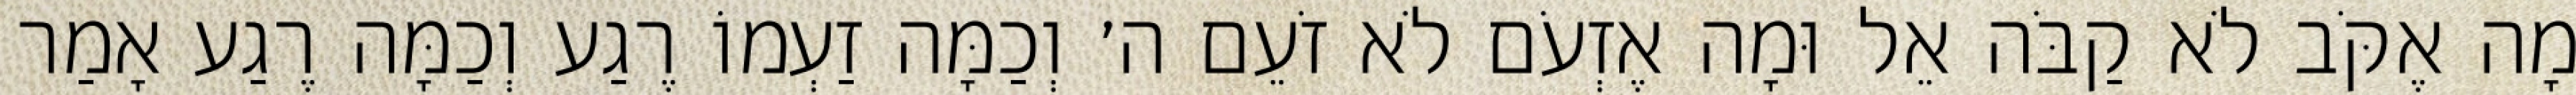
מָה אֶקֹּב לֹא קַבֹּה אֵל וּמָה אֶזְעֹם לֹא זֹעֵם ה׳ וְכַמָּה זַעְמוֹ רֶגַע וְכַמָּה רֶגַע אָמַר